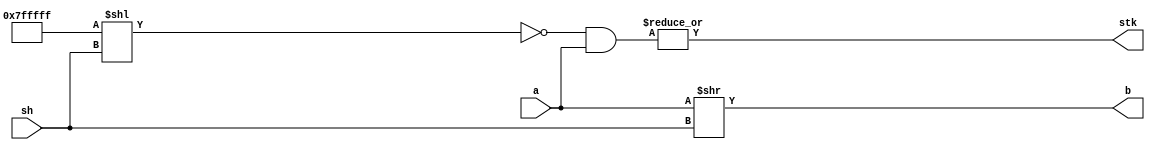

////////////////////////////////////////////////////////////////////////////////
//---------------------------------------------------------------------------------
//
// ABSTRACT:  Right logical shift with sticky bit computation
//            This file contains a verification model for an alignment
//            unit (used in floating-point operations) that consists 
//            in a shifter and a logic to detect non-zero bits that 
//            are shifted out of range. 
//
// MODIFIED:
//
//---------------------------------------------------------------------------------
//////////////////////////////////////////////////////////////////////////////// 

module DW_FP_ALIGN (

// ports
                   a,
                   sh,
                   b,
                   stk

    // Embedded dc_shell script
    // _model_constraint_1
    // set_attribute current_design "enable_dp_opt" "TRUE" -type "boolean" -quiet
);

//----------------------------------------------------------------------------
// main module parameters
parameter a_width    = 23;  // LOWER BOUND 1 bit
parameter sh_width   = 8;   // LOWER BOUND 1 bit

//------------------------------------------------------
//          declaration of inputs and outputs

input  [a_width-1:0] a;
input  [sh_width-1:0] sh;
output [a_width-1:0] b;
output stk;

//--------------------------------------------------------
//   Internal signals
reg [a_width-1:0] a_shifted;
reg stk_int;
reg [a_width-1:0] one_vector, mask, masked_op;

always @ (a or sh)
begin
  a_shifted = a >> sh;
  one_vector = ~$unsigned(0);
  mask = ~(one_vector << sh);
  masked_op = mask & a;
  stk_int = |masked_op;
end

assign b = a_shifted;
assign stk = stk_int;

endmodule